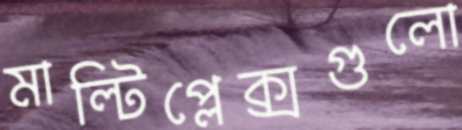
মাল্টিপ্লেক্সগুলো